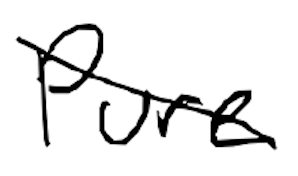
Text: Pure
Cross-out: mix
Writing tool: digital_black